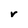
Character: r